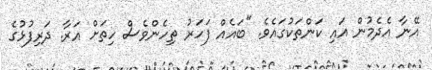
އޭނާ އެދެމުން އައި ކަންތަކުގައެވެ. "ބައެއް ފަހަރު ތިހެންވެސް ހިތަށް އަރާ. ދަރިފުޅުގެ